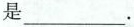
是___.